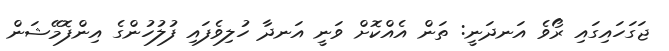
ޖަގަހައިގައި ރޯވެ އަނދަނީ: ތަން އެއްކޮށް ވަނީ އަނދާ ހުލިވެފައި ފުލުހުންގެ އިންފޮމޭޝަން